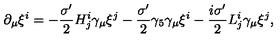
\partial _ { \mu } \xi ^ { i } = - \frac { \sigma ^ { \prime } } { 2 } H _ { j } ^ { i } \gamma _ { \mu } \xi ^ { j } - \frac { \sigma ^ { \prime } } { 2 } \gamma _ { 5 } \gamma _ { \mu } \xi ^ { i } - \frac { i \sigma ^ { \prime } } { 2 } L _ { j } ^ { i } \gamma _ { \mu } \xi ^ { j } ,